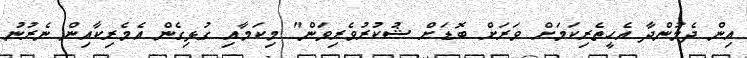
އިން ދެމުންދާ އެހީތެރިކަމަށް ވަރަށް ބޮޑަށް ޝުކުރުވެރިވަން" މިކަމާއި ގުޅިގެން އެމެރިކާއިން ނެރުނު